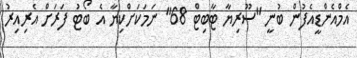
އެމްއެންޑީއެފުން ބުނީ "ސޫރިޔާ ޓާބިޓް 68" ނަމަކަށްކިޔާ އެ ބޯޓު ފަރަށް އެރިއިރު